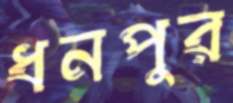
ধনপুর